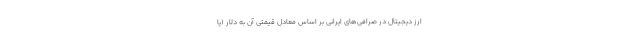
ارز دیجیتال در صرافی‌های ایرانی بر اساس معادل قیمتی آن به دلار (یا